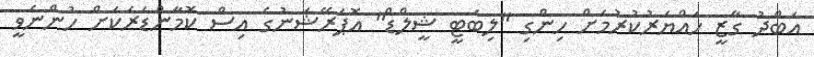
އަބްދު ގާޒީ ހައްޔަރުކުރުމަށް ހިންގި "ލިބަޓީ ޝީލްޑް" އޮޕަރޭޝަނުގެ އިސް ކޮމާންޑަރަކަށް ހުންނެވީ